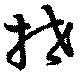
抴